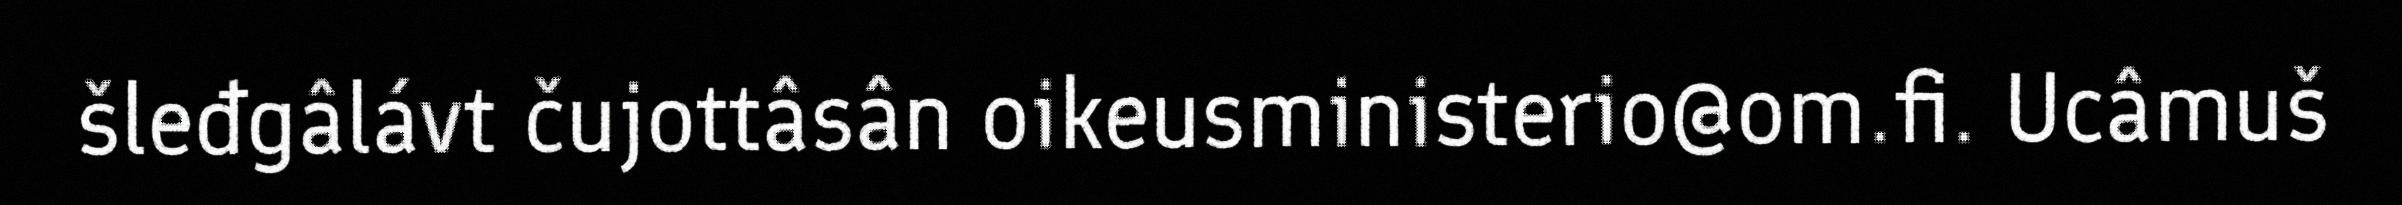
šleđgâlávt čujottâsân oikeusministerio@om.fi. Ucâmuš